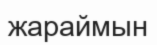
жараймын